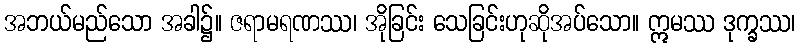
အဘယ်မည်သော အခါ၌။ ဇရာမရဏဿ၊ အိုခြင်း သေခြင်းဟုဆိုအပ်သော။ ဣမဿ ဒုက္ခဿ၊